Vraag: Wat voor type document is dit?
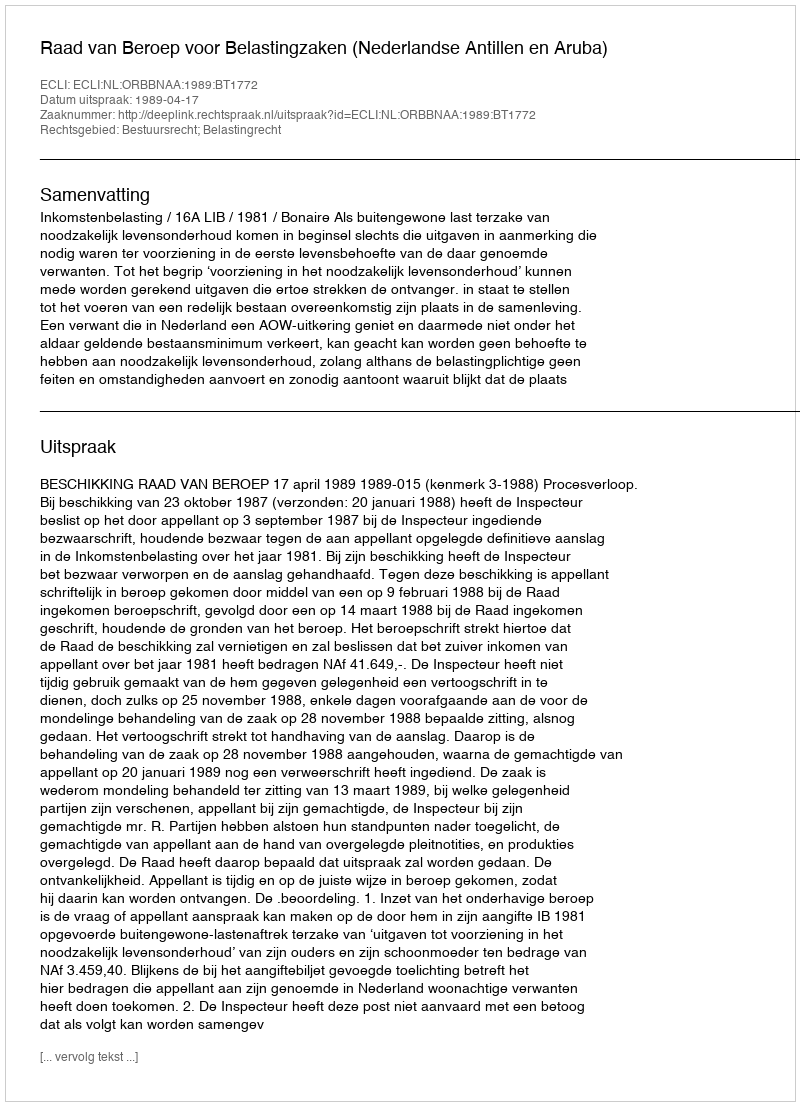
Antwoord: Uitspraak